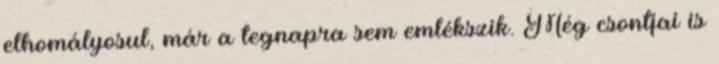
elhomályosul, már a tegnapra sem emlékszik. Még csontjai is